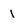
Character: l